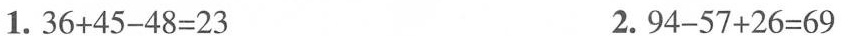
1. $$3 6 + 4 5 - 4 8 = 2 3$$ $$2 . 9 4 - 5 7 + 2 6 = 6 9$$